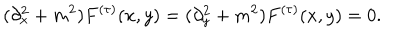
LaTeX: ( \partial _ { x } ^ { 2 } + m ^ { 2 } ) F ^ { ( \tau ) } ( x , y ) = ( \partial _ { y } ^ { 2 } + m ^ { 2 } ) F ^ { ( \tau ) } ( x , y ) = 0 .